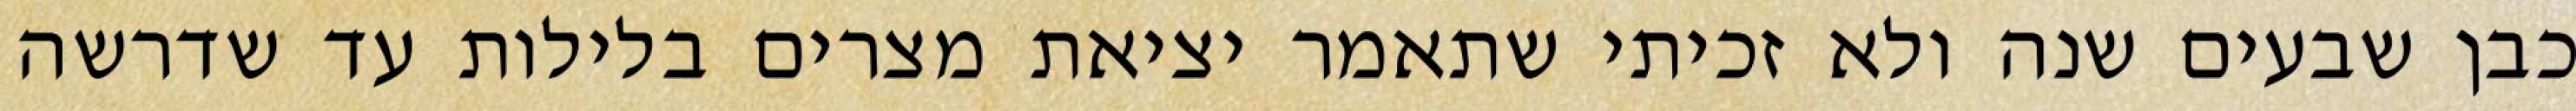
כבן שבעים שנה ולא זכיתי שתאמר יציאת מצרים בלילות עד שדרשה